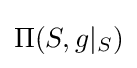
\Pi (S,g|_{S})